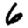
Digit: 6